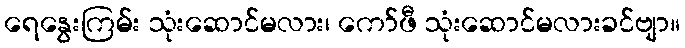
ရေနွေးကြမ်း သုံးဆောင်မလား၊ ကော်ဖီ သုံးဆောင်မလားခင်ဗျာ။